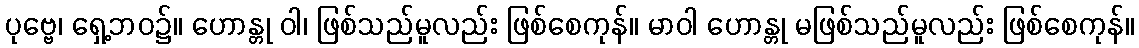
ပုဗ္ဗေ၊ ရှေ့ဘဝ၌။ ဟောန္တု ဝါ၊ ဖြစ်သည်မူလည်း ဖြစ်စေကုန်။ မာဝါ ဟောန္တု မဖြစ်သည်မူလည်း ဖြစ်စေကုန်။